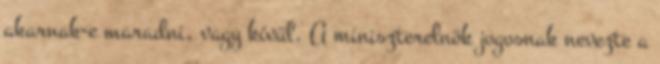
akarnak-e maradni, vagy kívül. A miniszterelnök jogosnak nevezte a